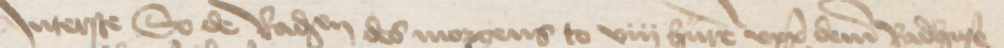
Jnterste so de Radsendeboden des morgens to viii hure vppe deme Radhuse